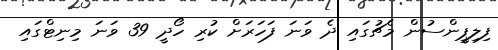
ފިލިޕީންސުން މެޗުގައި ދެ ވަނަ ފަހަރަށް ކުރި ހޯދީ 39 ވަނަ މިނިޓްގައި